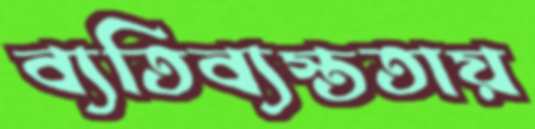
ব্যতিব্যস্ততায়